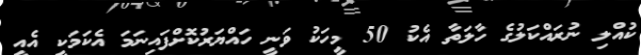
ކުއްލި ނުރައްކަލުގެ ހާލަތާ އެކު 50 މީހަކު ވަނީ ހައްޔަރުކޮށްފައިނަމަ އެކަމަކީ އެއީ